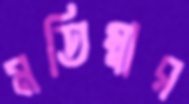
মতিম্বার